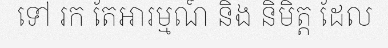
ទៅ រក តែឤរម្មណ៍ និង និមិត្ត ដែល